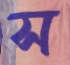
স